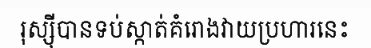
រុស្ស៊ីបានទប់ស្កាត់គំរោងវាយប្រហារនេះ